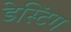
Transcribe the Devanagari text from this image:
डेस्टिंग